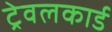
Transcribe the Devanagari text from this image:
ट्रेवलकार्ड